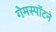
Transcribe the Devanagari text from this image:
गेमस्पॉटने